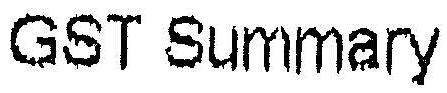
GST SUMMARY